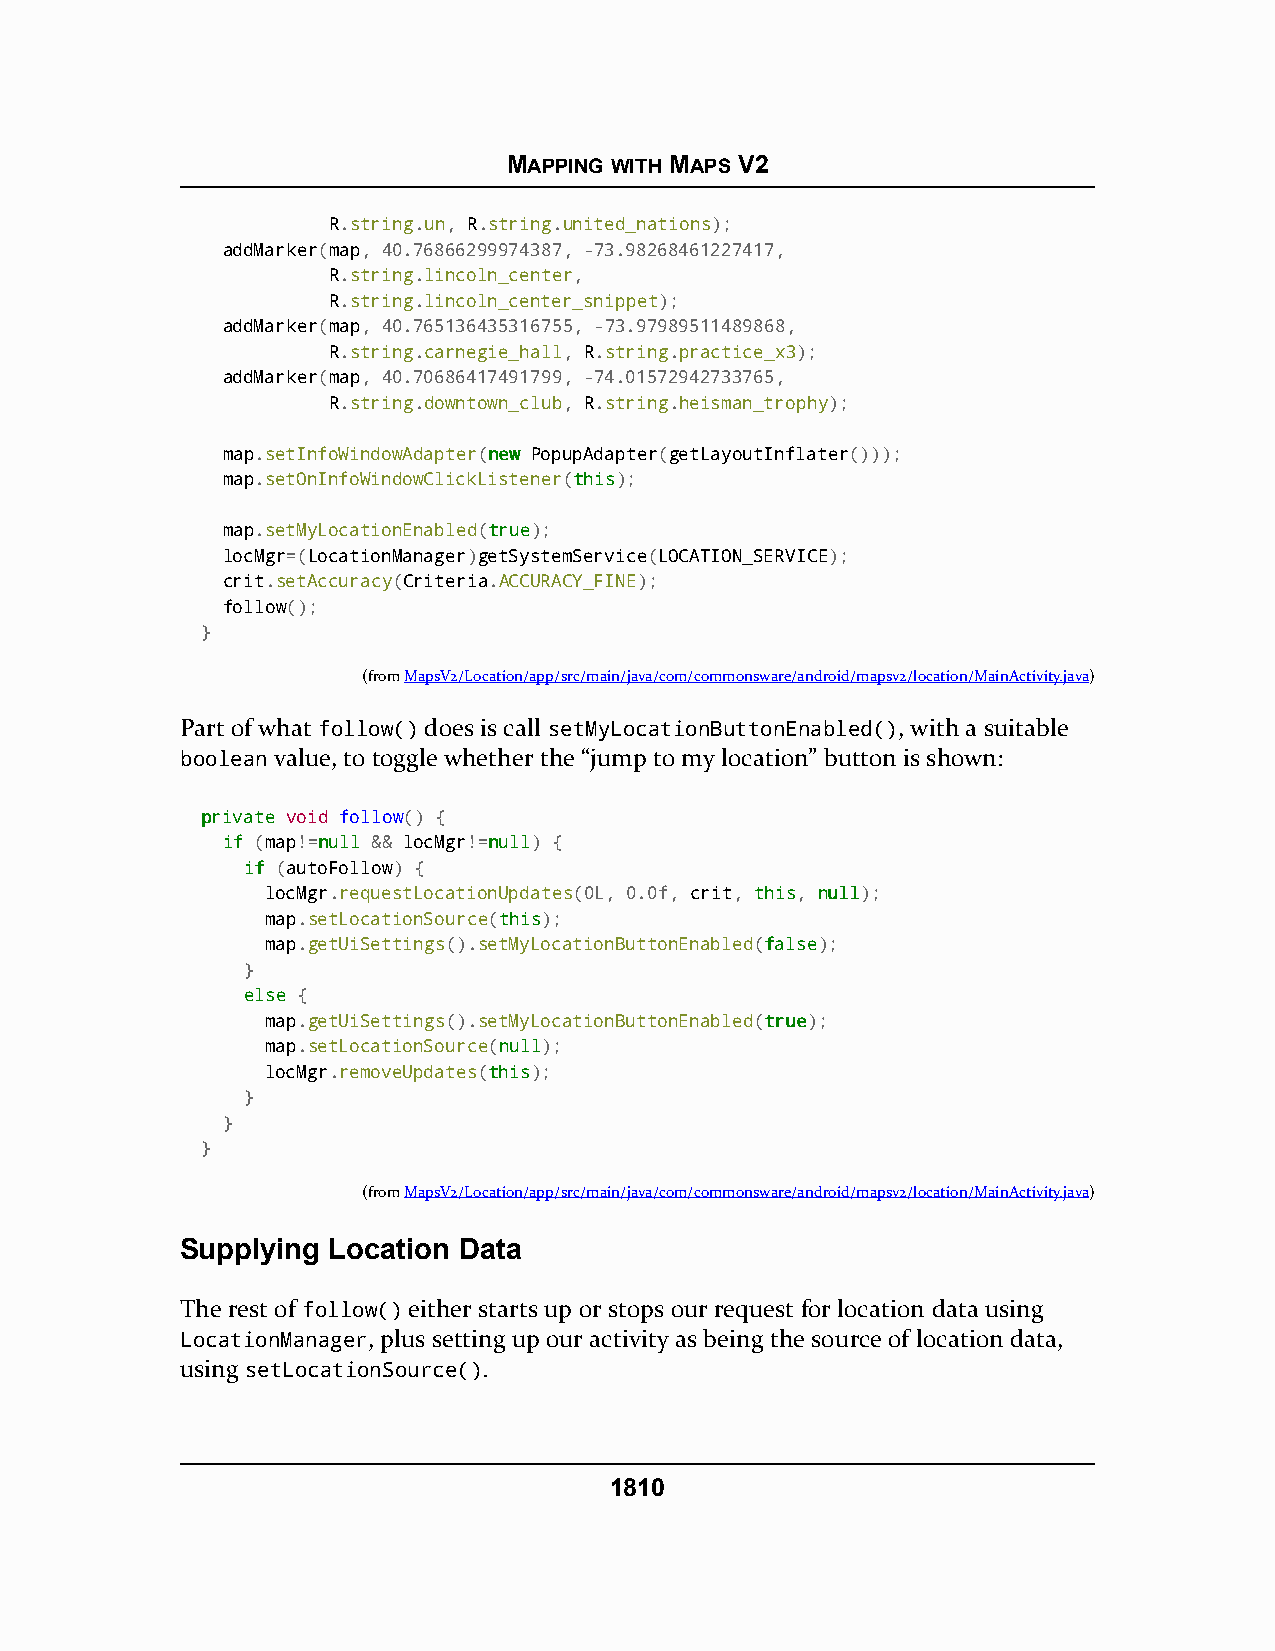
MAPPING WITH MAPS V2
 R.string.un, R.string.united_nations);
 addMarker(map, 40.76866299974387, -73.98268461227417,
 R.string.lincoln_center,
 R.string.lincoln_center_snippet);
 addMarker(map, 40.765136435316755, -73.97989511489868,
 R.string.carnegie_hall, R.string.practice_x3);
 addMarker(map, 40.70686417491799, -74.01572942733765,
 R.string.downtown_club, R.string.heisman_trophy);
 map.setInfoWindowAdapter(nneeww PopupAdapter(getLayoutInflater()));
 map.setOnInfoWindowClickListener(tthhiiss);
 map.setMyLocationEnabled(ttrruuee);
 locMgr=(LocationManager)getSystemService(LOCATION_SERVICE);
 crit.setAccuracy(Criteria.ACCURACY_FINE);
 follow();
 }
 (fromMapsV2/Location/app/src/main/java/com/commonsware/android/mapsv2/location/MainActivity.java)
 Part of what follow() does is call setMyLocationButtonEnabled(), with a suitable
 boolean value, to toggle whether the “jump to my location” button is shown:
 pprriivvaattee void follow() {
 iiff (map!=nnuullll && locMgr!=nnuullll) {
 iiff (autoFollow) {
 locMgr.requestLocationUpdates(0L, 0.0f, crit, tthhiiss, nnuullll);
 map.setLocationSource(tthhiiss);
 map.getUiSettings().setMyLocationButtonEnabled(ffaallssee);
 }
 eellssee {
 map.getUiSettings().setMyLocationButtonEnabled(ttrruuee);
 map.setLocationSource(nnuullll);
 locMgr.removeUpdates(tthhiiss);
 }
 }
 }
 (fromMapsV2/Location/app/src/main/java/com/commonsware/android/mapsv2/location/MainActivity.java)
 Supplying Location Data
 The rest of follow() either starts up or stops our request for location data using
 LocationManager, plus setting up our activity as being the source of location data,
 using setLocationSource().
 1810